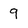
Character: 9